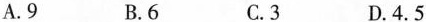
A.9 B.6 C.3 D.4.5